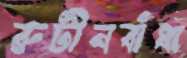
রুটীনবাঁধা